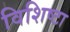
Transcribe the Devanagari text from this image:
विशिष्टा